Civil Veterinary Dept. Bombay admin report 1932-41 - 1932-1941
Year: 1932
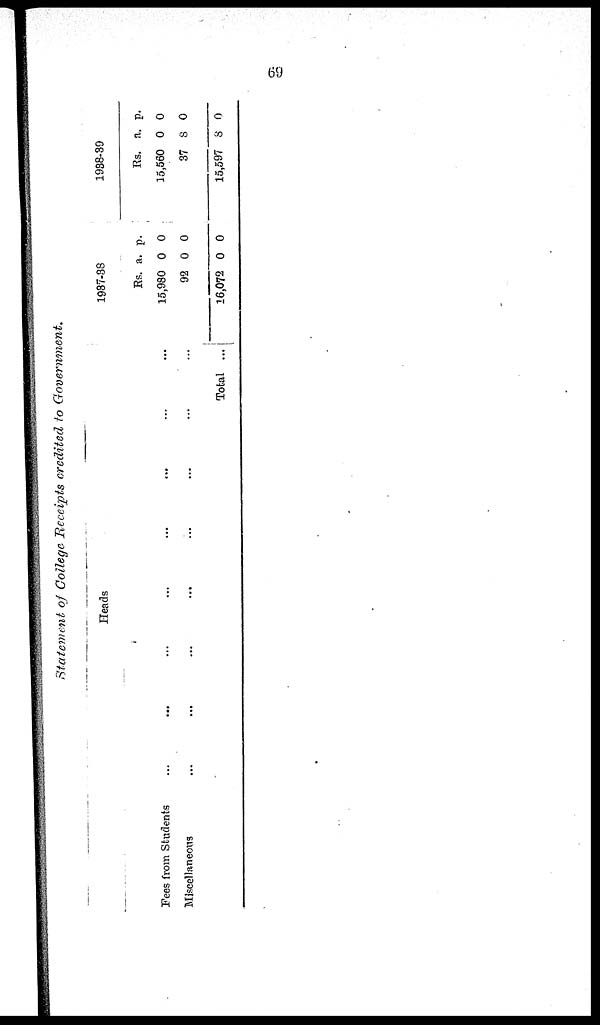
69
Statement of College Receipts credited to Government.
Heads
Fees from Students ... ... ... ... ... ... ... ...
Miscellaneous ... ... ... ... ... ... ... ...
1937-38
Rs.
15,980
92
16,072
a.
0
0
0
p.
0
0
0
1938-39
Rs.
15,560
37
15,597
a.
0
8
8
p.
0
0
0